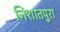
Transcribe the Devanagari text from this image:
निशातपुरा